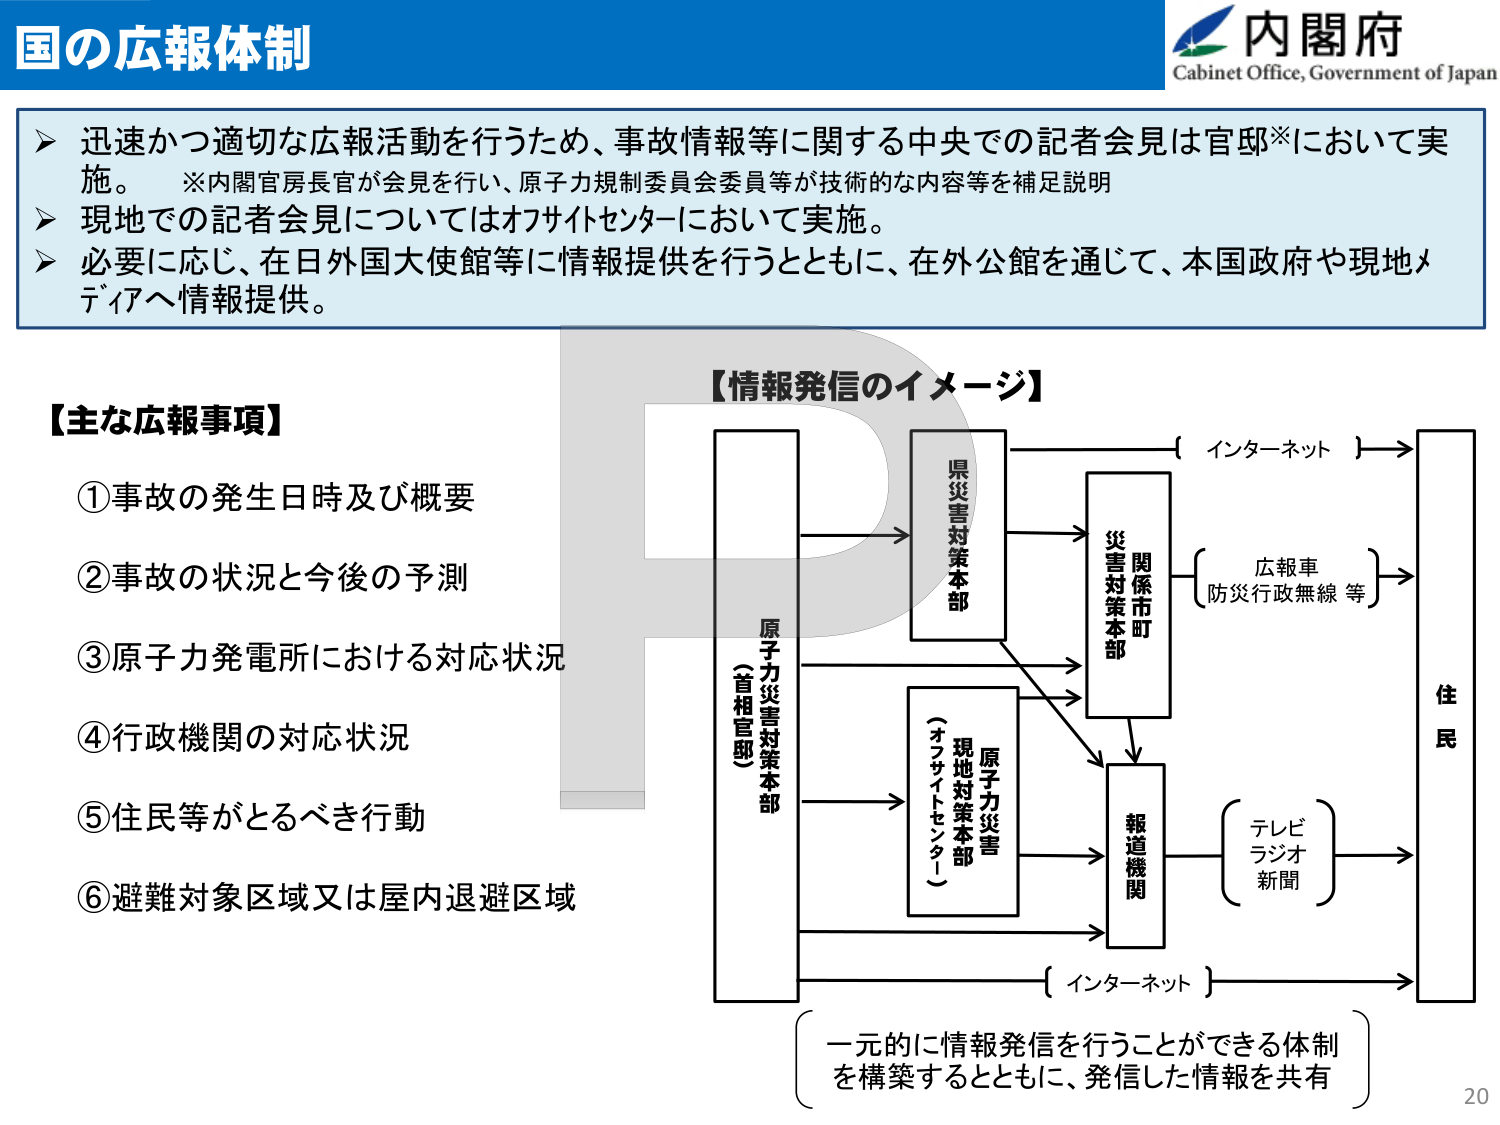
国の広報体制

内閣府
Cabinet Office, Government of Japan

▶ 迅速かつ適切な広報活動を行うため、事故情報等に関する中央での記者会見は官邸※において実施。
　※内閣官房長官が会見を行い、原子力規制委員会委員等が技術的な内容等を補足説明
▶ 現地での記者会見についてはオフサイトセンターにおいて実施。
▶ 必要に応じ、在日外国大使館等に情報提供を行うとともに、在外公館を通じて、本国政府や現地メディアへ情報提供。

【主な広報事項】
①事故の発生日時及び概要
②事故の状況と今後の予測
③原子力発電所における対応状況
④行政機関の対応状況
⑤住民等がとるべき行動
⑥避難対象区域又は屋内退避区域

【情報発信のイメージ】

原子力災害対策本部
（首相官邸）

県災害対策本部

関係市町
災害対策本部

原子力災害
現地対策本部
（オフサイトセンター）

報道機関

住民

インターネット

広報車
防災行政無線 等

テレビ
ラジオ
新聞

インターネット

一元的に情報発信を行うことができる体制
を構築するとともに、発信した情報を共有

20